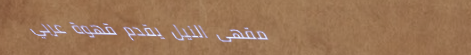
مقهى النيل يقدم قهوة عربي